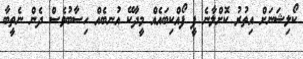
ކޯލިޝަނަށް އިތުރު ކޮށްލާނެ ފީ ފޯއްކިބައެއް މީދާކޭ އުނބެއް ހިސާބުވެސް ދެން ނެތީބާ